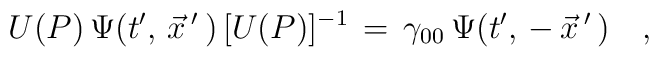
U(P)\,\Psi(t',\,\vec x\,'\,)\,[U(P)]^{-1}\,=\,\gamma_{00}\,\Psi(t',\,-\,\vec x\,'\,)\quad,